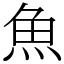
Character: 魚